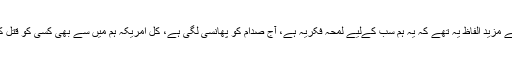
معمر قذافی کے مزید الفاظ یہ تھے کہ یہ ہم سب کےلیے لمحہ فکریہ ہے، آج صدام کو پھانسی لگی ہے، کل امریکہ ہم میں سے بھی کسی کو قتل کروا سکتا ہے۔